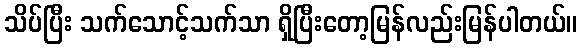
သိပ်ပြီး သက်သောင့်သက်သာ ရှိပြီးတော့မြန်လည်းမြန်ပါတယ်။